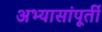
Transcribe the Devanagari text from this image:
अभ्यासांपूर्ती